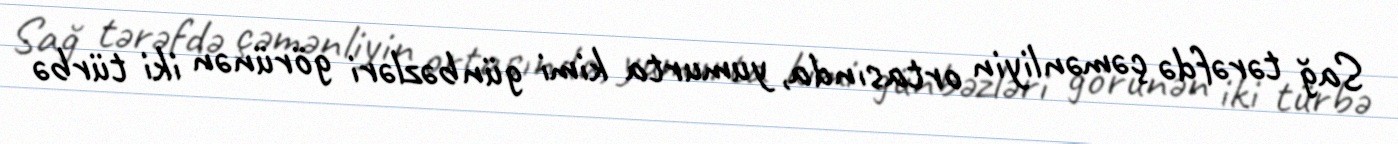
Sağ tərəfdə çəmənliyin ortasında, yumurta kimi günbəzləri görünən iki türbə